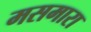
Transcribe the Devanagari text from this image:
मसमारा